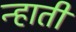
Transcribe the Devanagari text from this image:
न्हाती